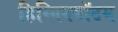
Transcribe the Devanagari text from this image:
हिग्गिनबॉटम